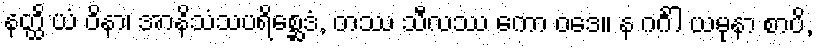
နတ္ထိ ယံ ဝိနာ၊ အာနိသံသပရိစ္ဆေဒံ, တဿ သီလဿ ကော ဝဒေ။ န ဂင်္ဂါ ယမုနာ စာပိ,